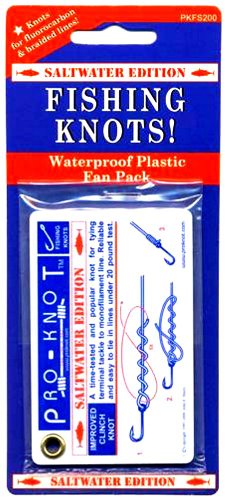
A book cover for PRO-KNOT Fishing Knots Saltwater Edition; John E. Sherry; Sports & Outdoors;